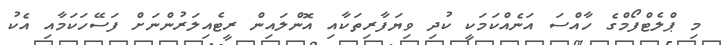
މި ޕްލެޓްފޯމްގެ ހާއްސަ އަނެއްކަމަކީ ކުދި ވިޔަފާރިތަކާއި އޮންލައިން ރީޓެއިލަރުންނަށް ފަސޭހަކަމާއި އެކު